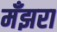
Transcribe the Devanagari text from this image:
मँझरा